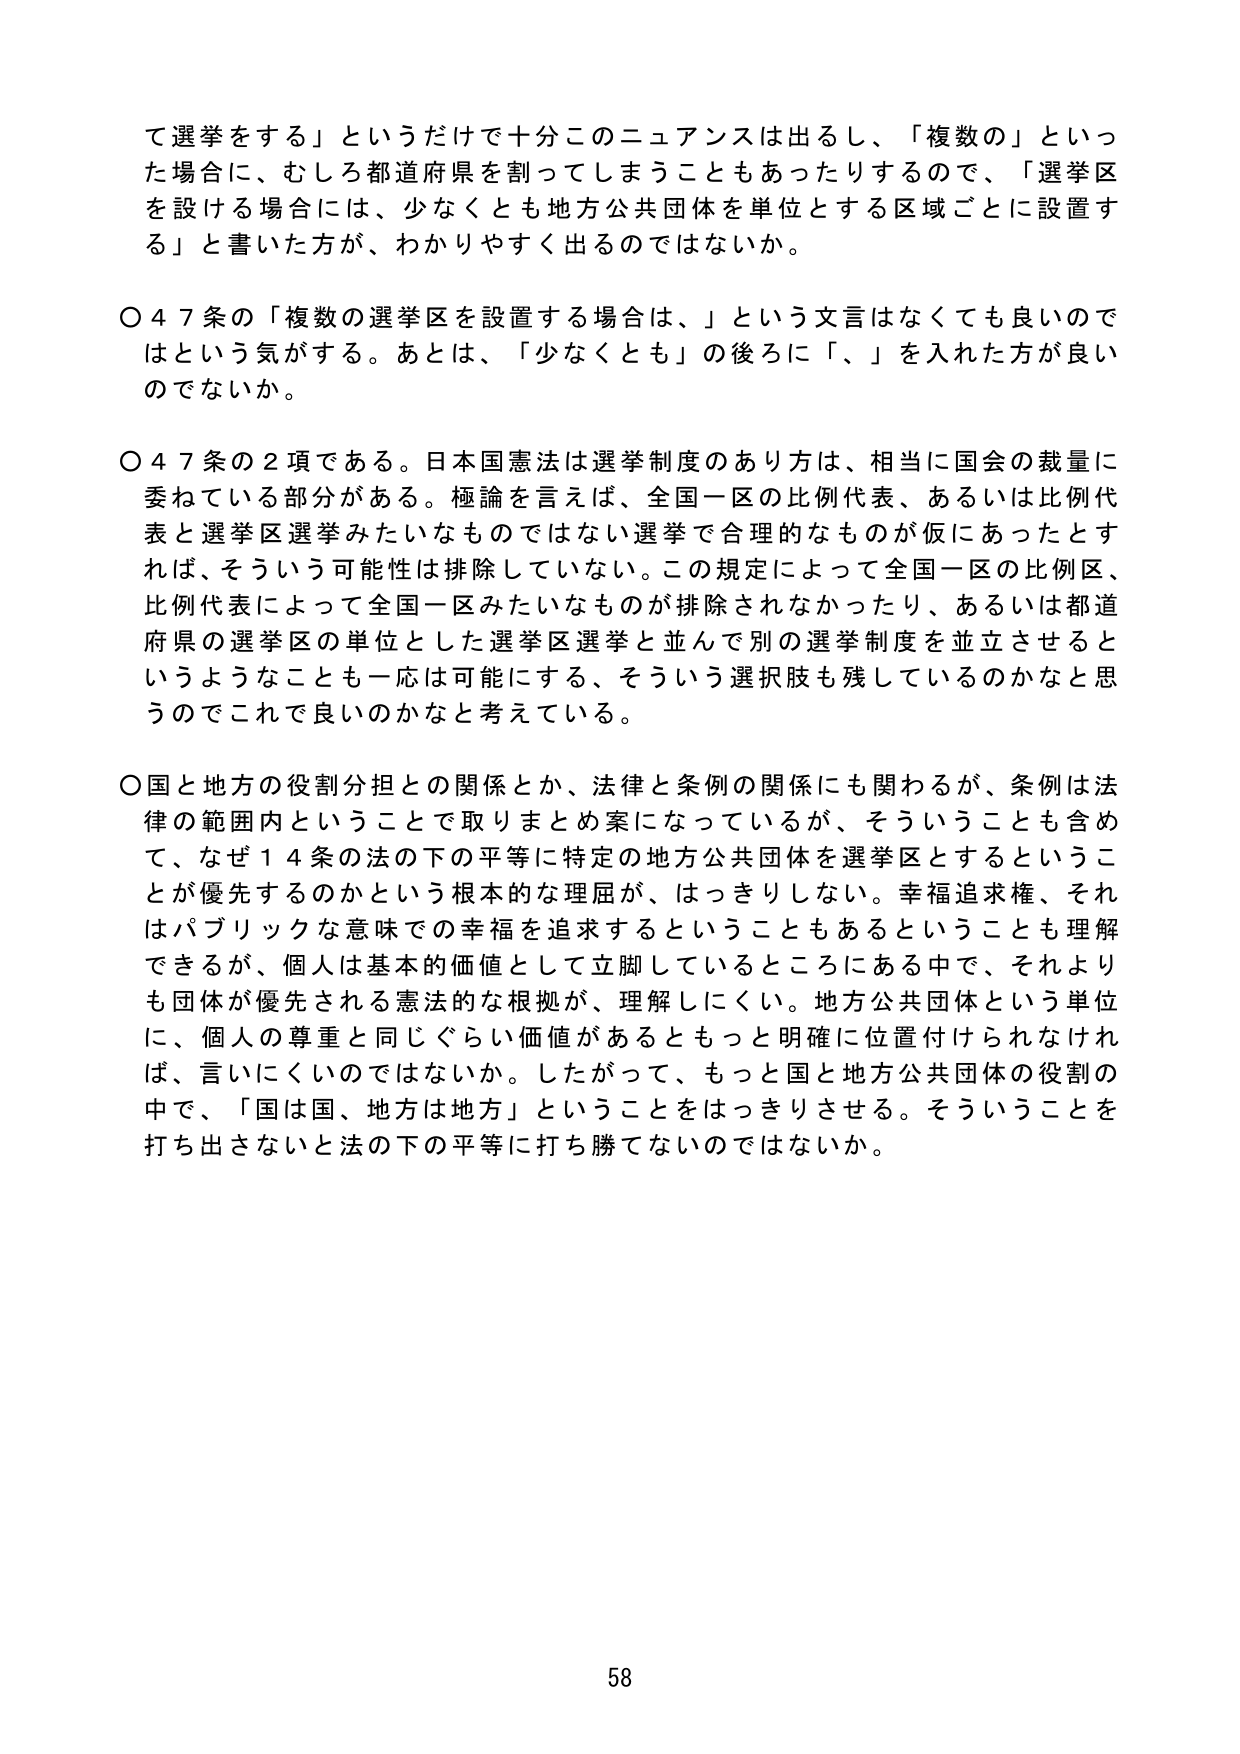
て選挙をする」というだけで十分このニュアンスは出るし、「複数の」といった場合に、むしろ都道府県を割ってしまうこともあったりするので、「選挙区を設ける場合には、少なくとも地方公共団体を単位とする区域ごとに設置する」と書いた方が、わかりやすく出るのではないか。

〇４７条の「複数の選挙区を設置する場合は、」という文言はなくても良いのではないかという気がする。あとは、「少なくとも」の後ろに「、」を入れた方が良いのではないか。

〇４７条の２項である。日本国憲法は選挙制度のあり方は、相当に国会の裁量に委ねている部分がある。極論を言えば、全国一区の比例代表、あるいは比例代表と選挙区選挙みたいなものではない選挙で合理的なもののが仮にあったとすれば、そういう可能性は排除していない。この規定によって全国一区の比例区、比例代表によって全国一区みたいなものが排除されなかったり、あるいは都道府県の選挙区の単位とした選挙区選挙と並んで別の選挙制度を並立させると いうようなことも一応は可能にする、そういう選択肢も残しているのかなと思うのでこれで良いのかなと考えている。

〇国と地方の役割分担との関係とか、法律と条例の関係にも関わるが、条例は法律の範囲内ということで取りまとめ案になっているが、そういうことも含めて、なぜ１４条の法の下の平等に特定の地方公共団体を選挙区とするということが優先するのかという根本的な理屈が、はっきりしない。幸福追求権、それはパブリックな意味での幸福を追求するということもあるということも理解できるが、個人は基本的価値として立脚しているところにある中で、それよりも団体が優先される憲法的な根拠が、理解しにくい。地方公共団体という単位に、個人の尊重と同じぐらい価値があるともっと明確に位置付けられなければ、言いにくいのではないか。したがって、もっと国と地方公共団体の役割の中で、「国は国、地方は地方」ということをはっきりさせる。そういうことを打ち出さないと法の下の平等に打ち勝てないのではないか。

58